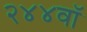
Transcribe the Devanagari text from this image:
२४४वॉ